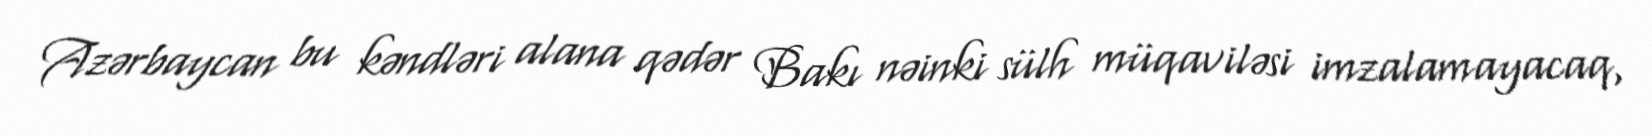
Azərbaycan bu kəndləri alana qədər Bakı nəinki sülh müqaviləsi imzalamayacaq,